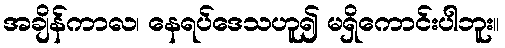
အချိန်ကာလ၊ နေရပ်ဒေသဟူ၍ မရှိကောင်းပါဘူး။